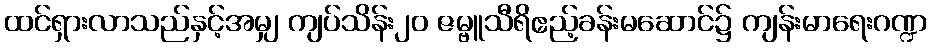
ထင်ရှားလာသည်နှင့်အမျှ ကျပ်သိန်း၂၀ ဇမ္ဗူသီရိဧည့်ခန်းမဆောင်၌ ကျန်းမာရေးဂဏ္ဍ